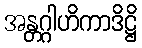
အန္တဂ္ဂါဟိကာဒိဋ္ဌိ